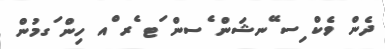
ދެން ވެކް ިސ ޭނޝަން ެސން ަޓ ެރ ްއ ހިން ަގމުން